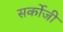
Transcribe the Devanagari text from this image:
सर्कोजी